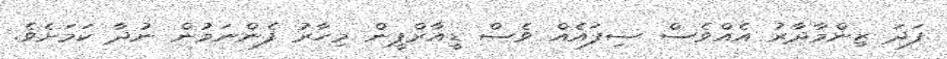
ފަދަ ޒިންމާދާރު އެއްވެސް ސިފައެއް ވެސް ޑީއާރްޕީން މިހާރު ފެންނަމުން ނުދާ ކަމަށެވެ.